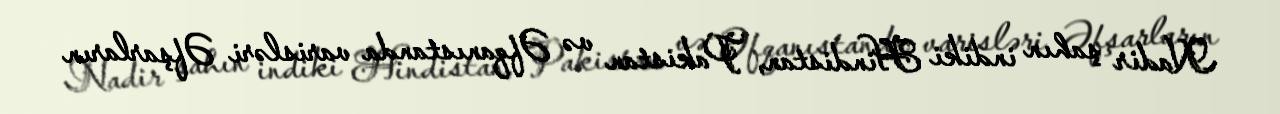
Nadir şahın indiki Hindistan, Pakistan və Əfqanıstanda varisləri Əfşarların